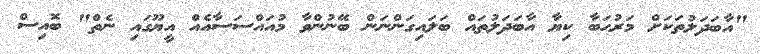
"އާބަދަލުތަކަށް މަރުޙަބާ ކިޔާ އާބަދަލުތައް ބަލައިގަންނަން ބޭނުންވާ މުއައްސަސާއެއް އީޔޫގައި ނެތް" ބޮއިސް